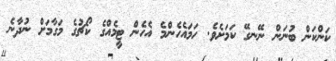
ކަންކަން ބުނަން ނޭނގޭ ކަމަށެވެ. ހަމައެހެންމެ އެހެން ޓީމެއްގެ ކޯޗުގެ މަގާމަށް ނުދާނެ